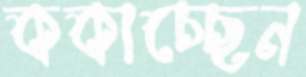
ককাচ্ছেন